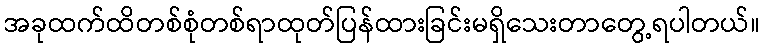
အခုထက်ထိတစ်စုံတစ်ရာထုတ်ပြန်ထားခြင်းမရှိသေးတာတွေ့ရပါတယ်။